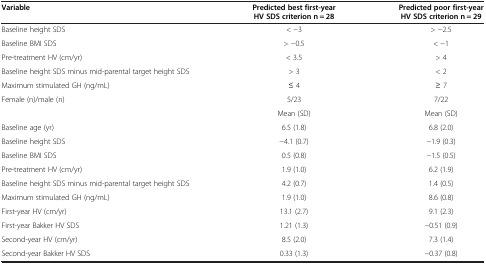
| Variable | Predicted best first-year HV SDS criterion n = 28 | Predicted poor first-year HV SDS criterion n = 29 |
 | --- | --- | --- |
 | Baseline height SDS | < −3 | > −2.5 |
 | Baseline BMI SDS | > −0.5 | < −1 |
 | Pre-treatment HV (cm/yr) | < 3.5 | > 4 |
 | Baseline height SDS minus mid-parental target height SDS | > 3 | < 2 |
 | Maximum stimulated GH (ng/mL) | ≤ 4 | ≥ 7 |
 | Female (n)/male (n) | 5/23 | 7/22 |
 |  | Mean (SD) | Mean (SD) |
 | Baseline age (yr) | 6.5 (1.8) | 6.8 (2.0) |
 | Baseline height SDS | −4.1 (0.7) | −1.9 (0.3) |
 | Baseline BMI SDS | 0.5 (0.8) | −1.5 (0.5) |
 | Pre-treatment HV (cm/yr) | 1.9 (1.0) | 6.2 (1.9) |
 | Baseline height SDS minus mid-parental target height SDS | 4.2 (0.7) | 1.4 (0.5) |
 | Maximum stimulated GH (ng/mL) | 1.9 (1.0) | 8.6 (0.8) |
 | First-year HV (cm/yr) | 13.1 (2.7) | 9.1 (2.3) |
 | First-year Bakker HV SDS | 1.21 (1.3) | −0.51 (0.9) |
 | Second-year HV (cm/yr) | 8.5 (2.0) | 7.3 (1.4) |
 | Second-year Bakker HV SDS | 0.33 (1.3) | −0.37 (0.8) |